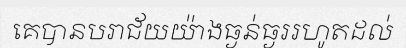
គេបានបរាជ័យយ៉ាងធ្ងន់ធ្ងររហូតដល់